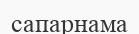
сапарнама